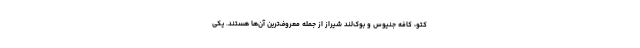
کتو، کافه جنیوس و بوک‌لند شیراز از جمله معروف‌ترین آن‌ها هستند. یکی